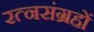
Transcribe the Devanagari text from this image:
रत्नसंग्रहों